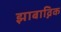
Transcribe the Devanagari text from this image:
झाबाव्निक